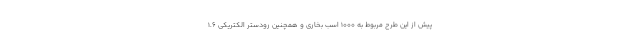
پیش از این طرح مربوط به 1000 اسب بخاری و همچنین رودستر الکتریکی 1.6